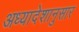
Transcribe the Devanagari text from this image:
अध्यादेशानुसार